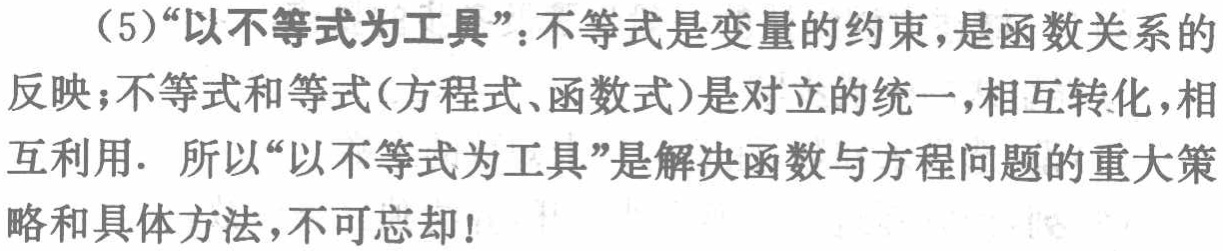
（5）“以不等式为工具”：不等式是变量的约束，是函数关系的反映；不等式和等式(方程式、函数式)是对立的统一，相互转化，相互利用. 所以“以不等式为工具”是解决函数与方程问题的重大策略和具体方法，不可忘却！